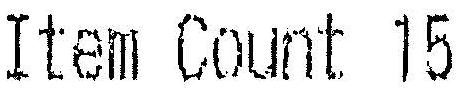
ITEM COUNT 15